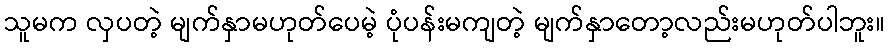
သူမက လှပတဲ့ မျက်နှာမဟုတ်ပေမဲ့ ပုံပန်းမကျတဲ့ မျက်နှာတော့လည်းမဟုတ်ပါဘူး။